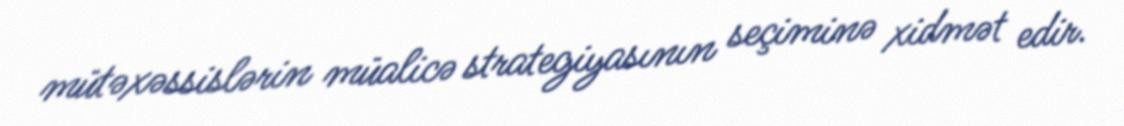
mütəxəssislərin müalicə strategiyasının seçiminə xidmət edir.